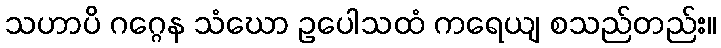
သဟာပိ ဂဂ္ဂေန သံဃော ဥပေါသထံ ကရေယျ စသည်တည်း။